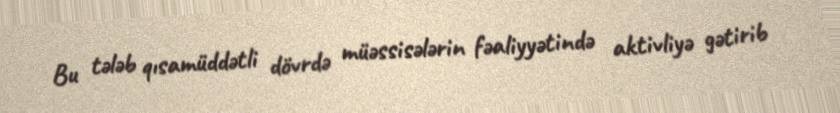
Bu tələb qısamüddətli dövrdə müəssisələrin fəaliyyətində aktivliyə gətirib